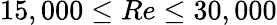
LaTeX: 15,000\leq Re\leq 30,000